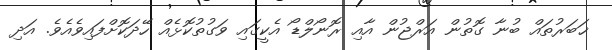
ޚަބަރުތައް ބުނާ ގޮތުން އަރްޖުން އާއި ރޮނޯލްޑޯ އެކީގައި ވަގުތުކޮޅެއް ހޭދަކޮށްފައިވެއެވެ. އަދި